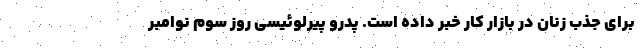
برای جذب زنان در بازار کار خبر داده است. پدرو پیرلوئيسی روز سوم نوامبر